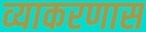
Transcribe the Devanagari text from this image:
व्याकरणास